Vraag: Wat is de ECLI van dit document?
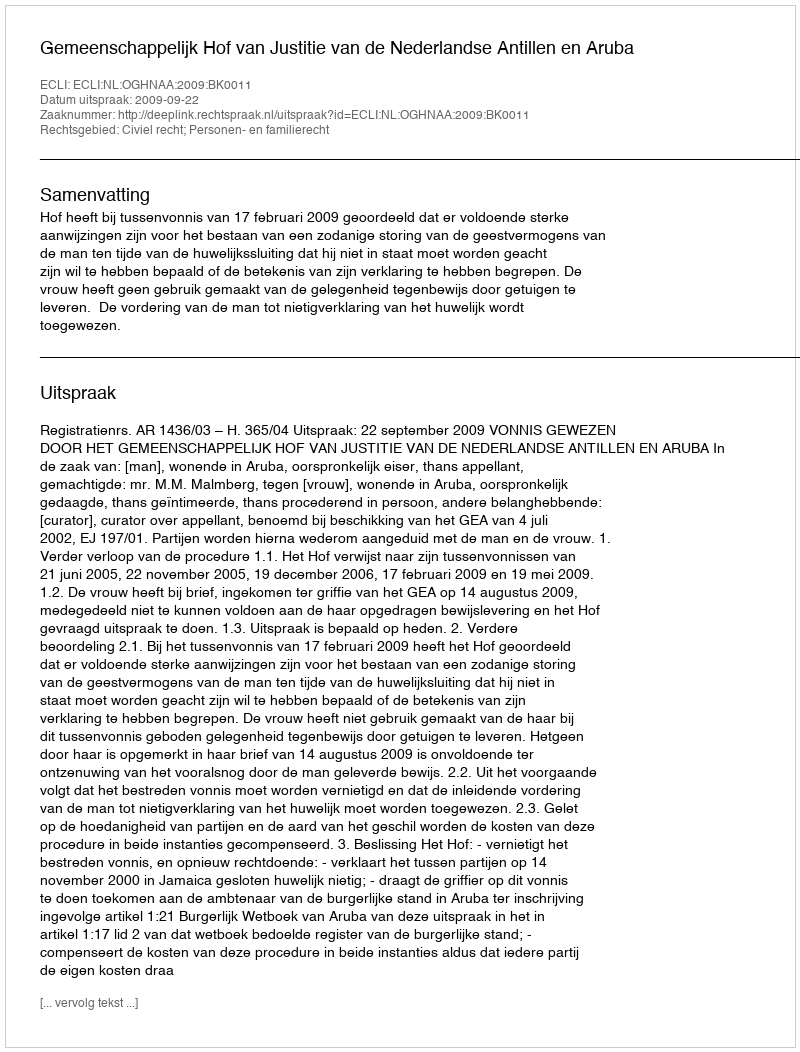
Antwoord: ECLI:NL:OGHNAA:2009:BK0011